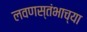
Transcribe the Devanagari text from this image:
लवणस्तंभाच्या